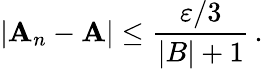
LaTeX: |\mathbf{A}_{n}-\mathbf{A}|\leq{\frac{{\varepsilon/3}}{{|B|+1}}}\, .